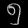
Digit: ၅